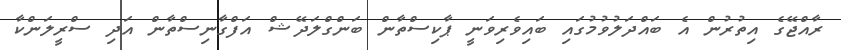
ރާއްޖޭގެ އިތުރުން އެ ބައްދަލުވުމުގައި ބައިވެރިވަނީ ޕާކިސްތާން ބަންގްލަދޭޝް އަފްގާނިސްތާން އަދި ސްރީލަންކާ